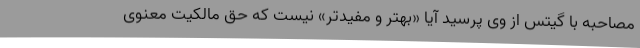
مصاحبه با گیتس از وی پرسید آیا «بهتر و مفیدتر» نیست که حق مالکیت معنوی